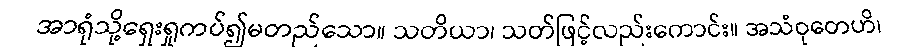
အာရုံသို့ရှေးရှုကပ်၍မတည်သော။ သတိယာ၊ သတ်ဖြင့်လည်းကောင်း။ အသံဝုတေဟိ၊